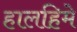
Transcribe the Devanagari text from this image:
हालहिमे